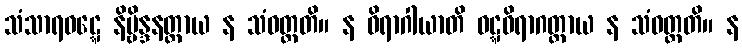
သံသာရဝဋ္ဋေ နိဗ္ဗိန္ဒနတ္ထာယ န သံဝတ္တတိ။ န ဝိရာဂါယာတိ ဝဋ္ဋဝိရာဂတ္ထာယ န သံဝတ္တတိ။ န